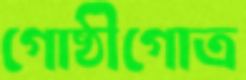
গোষ্ঠীগোত্র